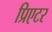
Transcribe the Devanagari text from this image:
प्रिएटर